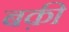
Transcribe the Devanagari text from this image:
बक़ी